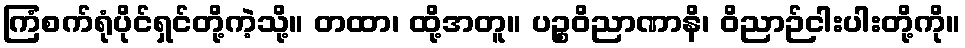
ကြံစက်ရုံပိုင်ရှင်တို့ကဲ့သို့။ တထာ၊ ထို့အတူ။ ပဉ္စဝိညာဏာနိ၊ ဝိညာဉ်ငါးပါးတို့ကို။